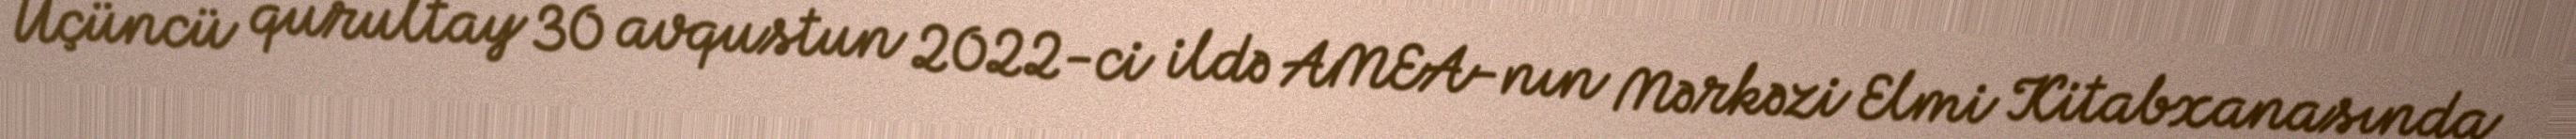
Üçüncü qurultay 30 avqustun 2022-ci ildə AMEA-nın Mərkəzi Elmi Kitabxanasında